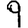
Digit: 9